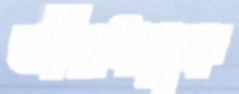
তীরধনুক